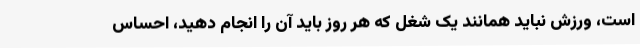
است، ورزش نباید همانند یک شغل که هر روز باید آن را انجام دهید، احساس